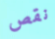
نقص